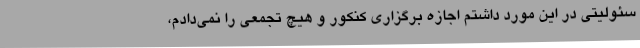
سئولیتی در این مورد داشتم اجازه برگزاری کنکور و هیچ تجمعی را نمی‌دادم،